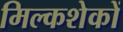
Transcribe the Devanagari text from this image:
मिल्कशेकों